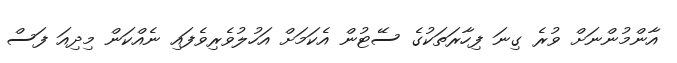
އާންމުންނަށް ވުރެ ގިނަ ފިހާރަތަކުގެ ސޭޓުން އެކަމަށް އަހުލުވެރިވެފައި ނެއްކަން މިދިއަ ފަސް